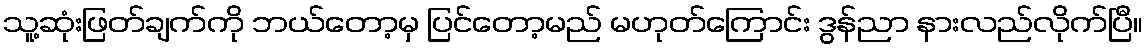
သူ့ဆုံးဖြတ်ချက်ကို ဘယ်တော့မှ ပြင်တော့မည် မဟုတ်ကြောင်း ဒွန်ညာ နားလည်လိုက်ပြီ။